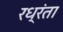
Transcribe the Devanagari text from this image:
रध्रंता